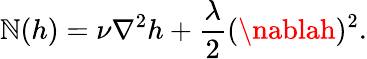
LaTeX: \mathbb{N}(h)=\nu\nabla^{2}h+\frac{{\lambda}}{{2}}(\nablah)^{2}.